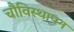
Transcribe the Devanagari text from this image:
चौविस्थापन